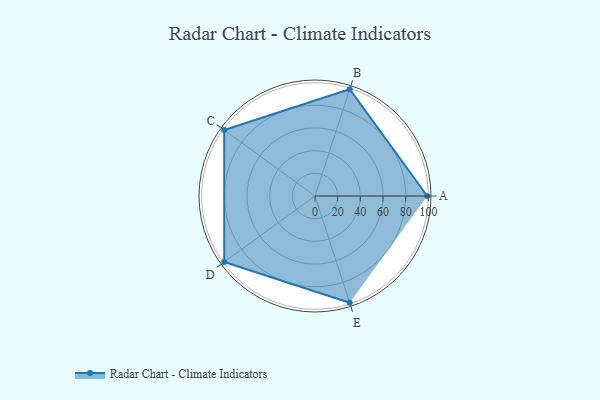
{"axis": {"x": "Skill", "y": "Score"}, "legend": ["Profile"], "data": [{"x": "A", "y": 99, "type": "Profile"}, {"x": "B", "y": 99, "type": "Profile"}, {"x": "C", "y": 99, "type": "Profile"}, {"x": "D", "y": 99, "type": "Profile"}, {"x": "E", "y": 99, "type": "Profile"}]}